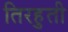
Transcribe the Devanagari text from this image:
तिरहुती